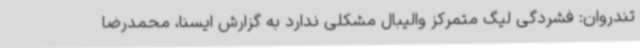
تندروان: فشردگی لیگ متمرکز والیبال مشکلی ندارد به گزارش ایسنا، محمدرضا